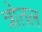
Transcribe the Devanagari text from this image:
त्रोतल